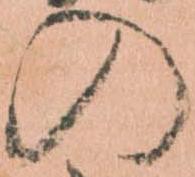
の